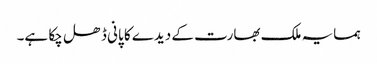
ہمسایہ ملک بھارت کے دیدے کا پانی ڈھل چکا ہے۔